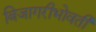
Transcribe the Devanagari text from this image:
बिजागरीभोवती